Scottish Leaving Certificate Examination, 1955
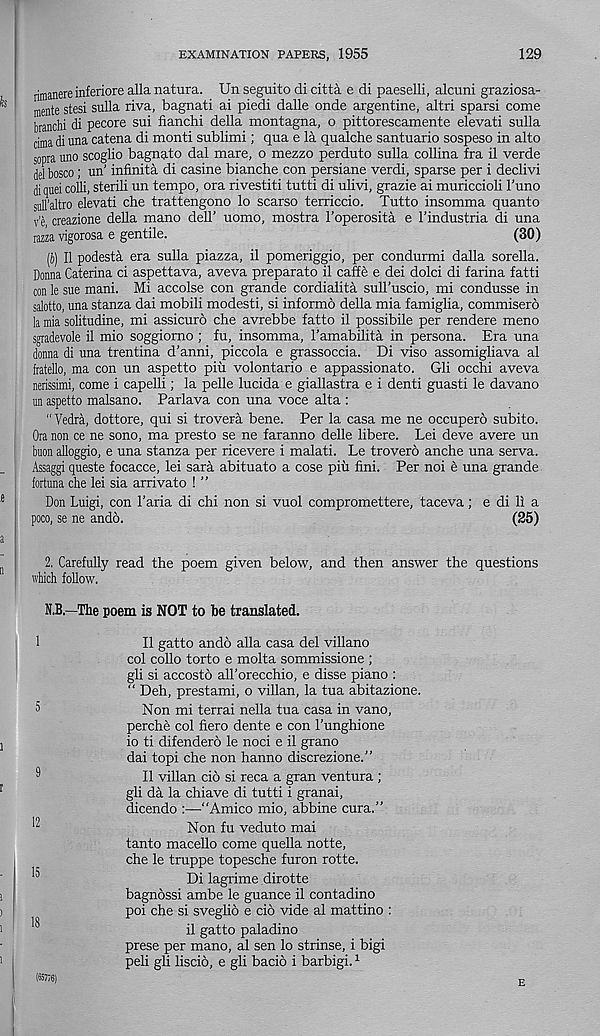
EXAMINATION PAPERS, 1955
129
rimanereinferiore alia natura. Un seguito di citta e di paeselli, alcuni graziosa-
mente stesi sulla riva, bagnati ai piedi dalle onde argentine, altri sparsi come
branchi di pecore sui fianchi della montagna, o pittorescamente elevati sulla
cima di una catena di monti sublimi; qua e la qualche santuario sospeso in alto
sopra uno scoglio bagnato dal mare, o mezzo perduto sulla collina fra il verde
del bosco; un' infinita di casine bianche con persiane verdi, sparse per i declivi
di quel colli, sterili un tempo, ora rivestiti tutti di ulivi, grazie ai muriccioli 1'uno
sull’altro elevati die trattengono lo scarso terriccio. Tutto insomma quanto
v’e creazione della mano dell’ uomo, mostra I’operosita e I’industria di una
razza vigorosa e gentile.
(30)
(i) II podesti era sulla piazza, il pomeriggio, per condurmi dalla sorella.
Donna Caterina ci aspettava, aveva preparato il caffe e dei dolci di farina fatti
con le sue mani. Mi accolse con grande cordialita sull’uscio, mi condusse in
salotto, una stanza dai mobili modesti, si informo della mia famiglia, commisero
la mia solitudine, mi assicuro die avrebbe fatto il possibile per rendere meno
sgradevole il mio soggiorno ; fu, insomma, 1’amabilita in persona. Era una
donna di una trentina d’anni, piccola e grassoccia. Di viso assomigliava al
fratello, ma con un aspetto piu volontario e appassionato. Gli occhi aveva
nerissimi, come i capelli; la pelle lucida e giallastra e i denti guasti le davano
un aspetto malsano. Parlava con una voce alta :
“ Vedra, dottore, qui si trovera bene. Per la casa me ne occupero subito.
Ora non ce ne sono, ma presto se ne faranno delle libere. Lei deve avere un
buon alloggio, e una stanza per ricevere i malati. Le trovero anche una serva.
Assaggi queste focacce, lei sara abituato a cose piti fini. Per noi e una grande
fortuna die lei sia arrivato ! ”
Don Luigi, con 1’aria di chi non si vuol compromettere, taceva; e di 11 a
poco, se ne ando.
(25)
2. Carefully read the poem given below, and then answer the questions
which follow.
N.B.—The poem is NOT to be translated.
1
5
9
12
15
18
Il gatto ando alia casa del villano
col collo torto e molta sommissione ;
gli si accosto all’orecchio, e disse piano :
“ Deh, prestami, o villan, la tua abitazione.
Non mi terrai nella tua casa in vano,
perche col hero dente e con 1’unghione
io ti difendero le noci e il grano
dai topi che non hanno discrezione.”
Il villan cio si reca a gran ventura ;
gli da la chiave di tutti i granai,
dicendo :—“Amico mio, abbine cura.”
Non fu veduto mai
tanto macello come quella notte,
che le truppe topesche furon rotte.
Di lagrime dirotte
bagnossi ambe le guance il contadino
poi che si sveglio e cio vide al mattino :
il gatto paladino
prese per mano, al sen lo strinse, i bigi
peli gli liscio, e gli bacio i barbigi. 1
(657/6)
E